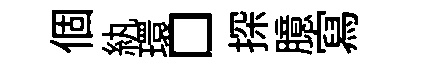
個紈環□探臆寫